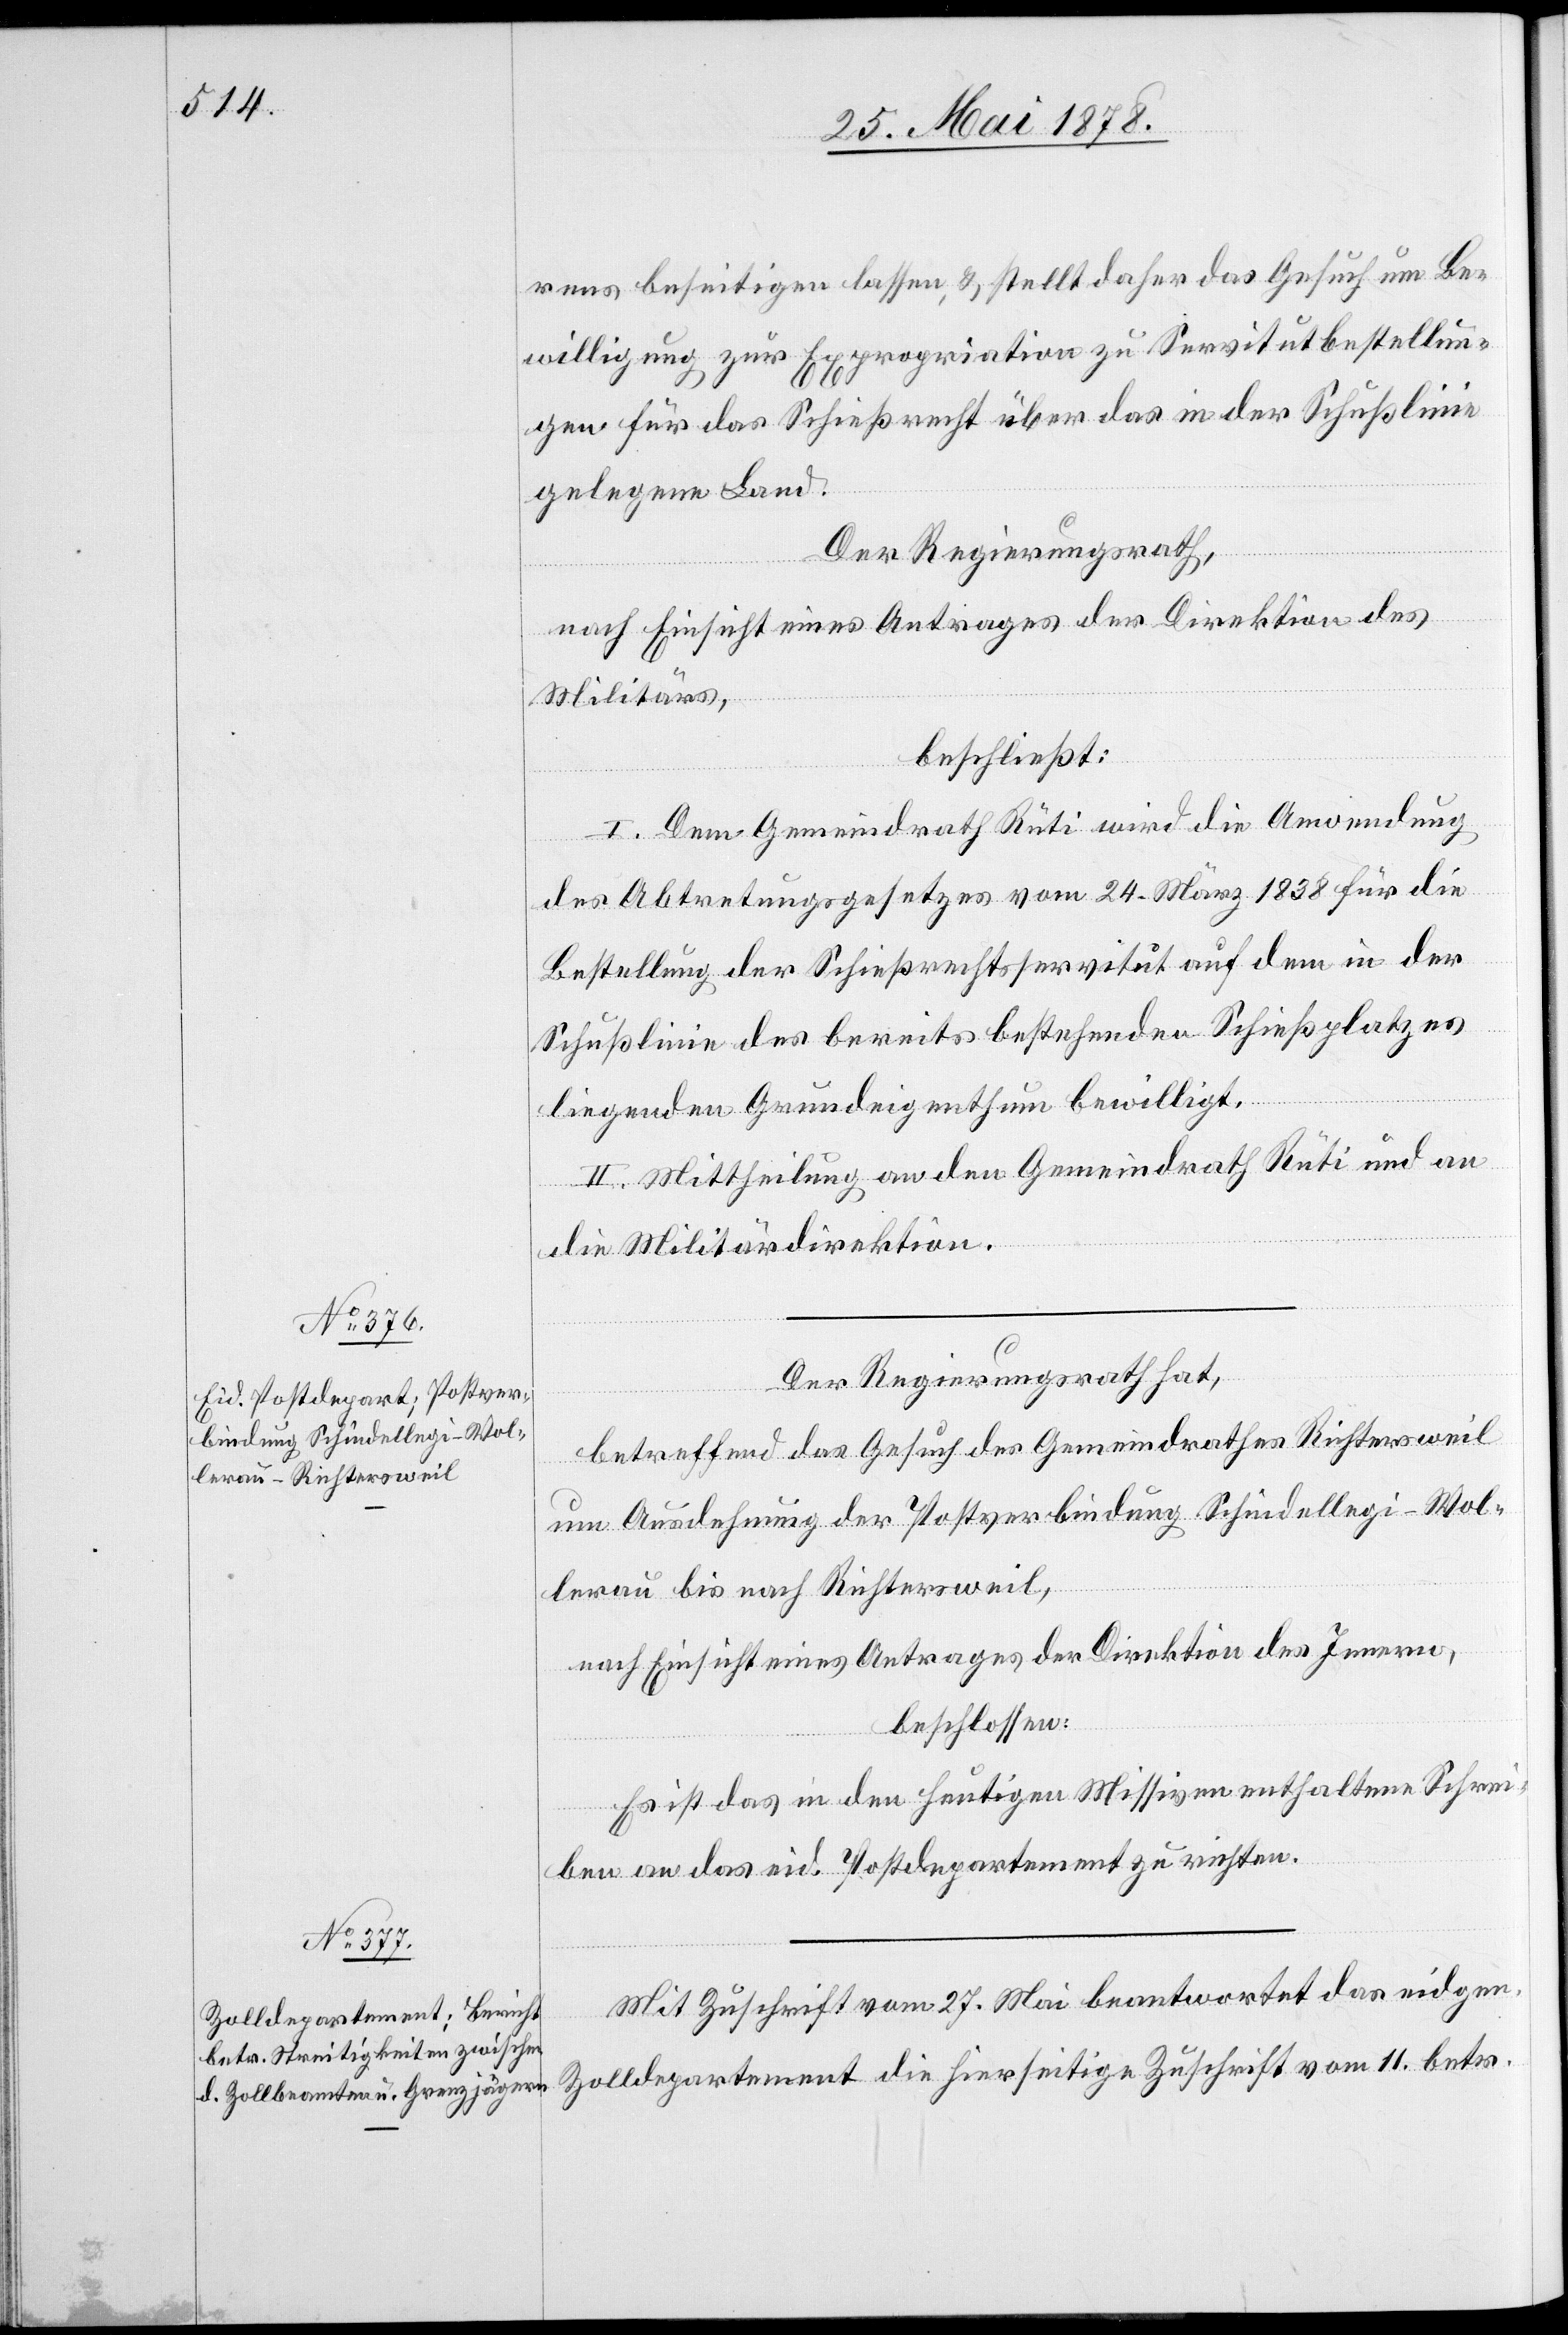
28. Mai 1878.]
rens beseitigen lassen, & stellt daher das Gesuch um Be¬
willigung zur Expropriation zu Servitutbestellun¬
gen für das Schießrecht über das in der Schusslinie
gelegene Land.
Der Regierungsrath,
nach Einsicht eines Antrages der Direktion des
Militärs,
beschließt:
I. Dem Gemeindrath Rüti wird die Anwendung
des Abtretungsgesetzes vom 24. März 1838 für die
Bestellung der Schießrechtsservitut auf dem in der
Schusslinie des bereits bestehenden Schießplatzes
liegenden Grundeigenthum bewilligt.
II. Mittheilung an den Gemeindrath Rüti und an
die Militärdirektion.
Der Regierungsrath hat,
betreffend das Gesuch des Gemeindrathes Richtersweil
um Ausdehnung der Postverbindung Schindellegi–Wol¬
lerau bis nach Richtersweil,
nach Einsicht eines Antrages der Direktion des Innern,
beschlossen:
Es ist das in den heutigen Missiven enthaltene Schrei¬
ben an das eid. Postdepartement zu richten.
Mit Zuschrift vom 27. Mai beantwortet das eidgen.
Zolldepartement die hierseitige Zuschrift vom 11. betr.